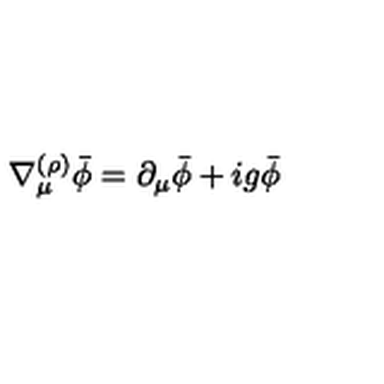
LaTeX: \nabla _ { \mu } ^ { ( \rho ) } \bar { \phi } = \partial _ { \mu } \bar { \phi } + i g \bar { \phi }